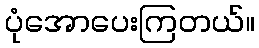
ပုံအောပေးကြတယ်။